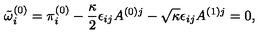
\tilde { \omega } _ { i } ^ { ( 0 ) } = \pi _ { i } ^ { ( 0 ) } - \frac { \kappa } { 2 } \epsilon _ { i j } A ^ { ( 0 ) j } - \sqrt { \kappa } \epsilon _ { i j } A ^ { ( 1 ) j } = 0 ,